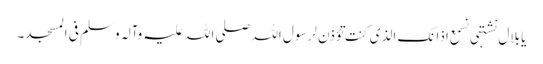
یا بلال نشتہی نسمع اذانک الذی کنت تؤذن لرسول اللہ صلی اللہ علیہ وآلہ وسلم فی المسجد۔